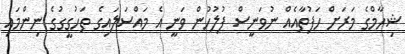
ޝިހާމްގެ މަރަށް ހަފުތާއެއް ނުވަނީސް ފުލުހުން ވަނީ އެ މައްސަލައިގެ ތަހުގީގުގެ ނިންމައި